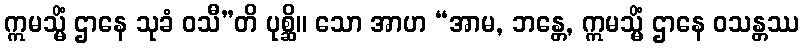
ဣမသ္မိံ ဌာနေ သုခံ ဝသီ”တိ ပုစ္ဆိ။ သော အာဟ “အာမ, ဘန္တေ, ဣမသ္မိံ ဌာနေ ဝသန္တဿ